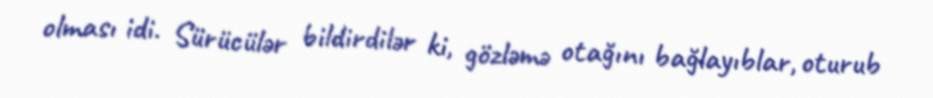
olması idi. Sürücülər bildirdilər ki, gözləmə otağını bağlayıblar, oturub